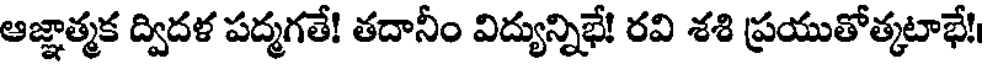
ఆజ్ఞాత్మక ద్విదళ పద్మగతే! తదానీం విద్యున్నిభే! రవి శశి ప్రయుతోత్కటాభే!